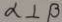
\alpha \bot \beta